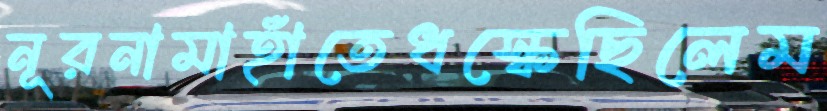
নূরনামাহাঁতেধস্‌কেছিলেম